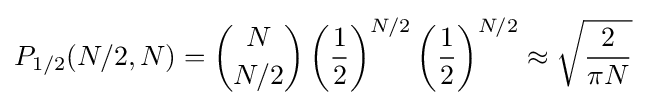
P_{1/2}(N/2,N)={\binom {N}{N/2}}\left({\frac {1}{2}}\right)^{N/2}\left({\frac {1}{2}}\right)^{N/2}\approx {\sqrt {\frac {2}{\pi N}}}